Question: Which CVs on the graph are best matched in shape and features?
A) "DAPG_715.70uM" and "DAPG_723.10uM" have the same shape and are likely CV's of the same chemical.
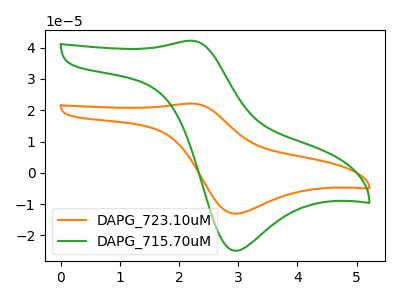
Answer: <think>The orange curve "DAPG_723.10uM" has an anodic peak at (2.20V, 22.15uA) and a cathodic peak at (2.95V, -13.05uA). The green curve "DAPG_715.70uM" has an anodic peak at (2.20V, 42.20uA) and a cathodic peak at (2.95V, -24.95uA).
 All the peaks in "DAPG_723.10uM" have a peak in "DAPG_715.70uM" at the same potential. Every peak in "DAPG_723.10uM" is lower than every peak in "DAPG_715.70uM".</think>
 <answer>A) "DAPG_715.70uM" and "DAPG_723.10uM" have the same shape and are likely CV's of the same chemical.</answer>
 <eval>A</eval>